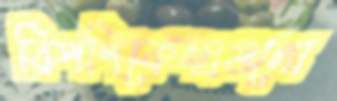
বিপণিকেন্দ্রগুলো